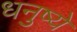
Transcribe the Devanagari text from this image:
धनुष्ये